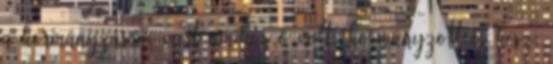
a kormányzásra, mert amikor ő volt, kormányzott és kész.